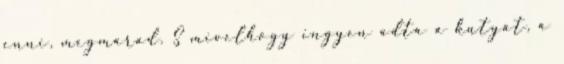
enni, megmarad. S mivelhogy ingyen adta a kutyát, a